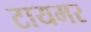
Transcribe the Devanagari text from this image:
टायमर